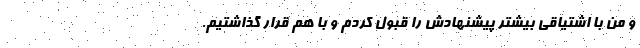
و من با اشتیاقی بیشتر پیشنهادش را قبول کردم و با هم قرار گذاشتیم.